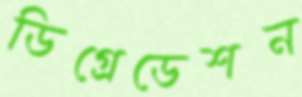
ডিগ্রেডেশন